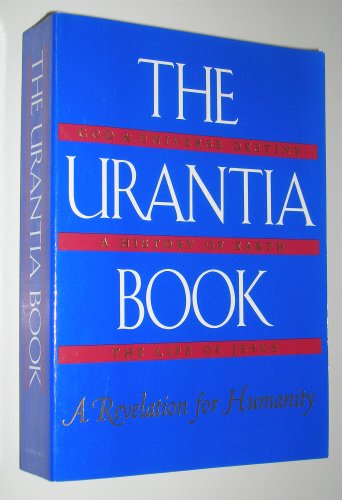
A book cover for The Urantia Book: A Revelation for Humanity; Uversa Press; Religion & Spirituality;